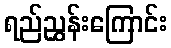
ရည်ညွှန်းကြောင်း